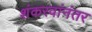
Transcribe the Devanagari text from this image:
शंकरवांनंतर